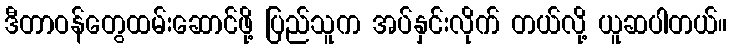
ဒီတာဝန်တွေထမ်းဆောင်ဖို့ ပြည်သူက အပ်နှင်းလိုက် တယ်လို့ ယူဆပါတယ်။